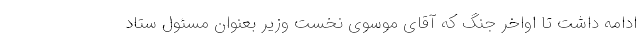
ادامه داشت تا اواخر جنگ که آقای موسوی نخست وزیر بعنوان مسئول ستاد